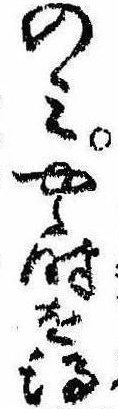
のみやゝ時を得